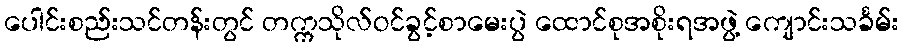
ပေါင်းစည်းသင်တန်းတွင် တက္ကသိုလ်ဝင်ခွင့်စာမေးပွဲ ထောင်စုအစိုးရအဖွဲ့ ကျောင်းသင်္ခမ်း